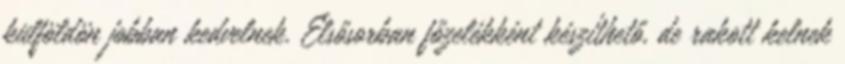
külföldön jobban kedvelnek. Elsősorban főzelékként készíthető, de rakott kelnek